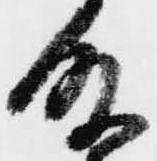
殿